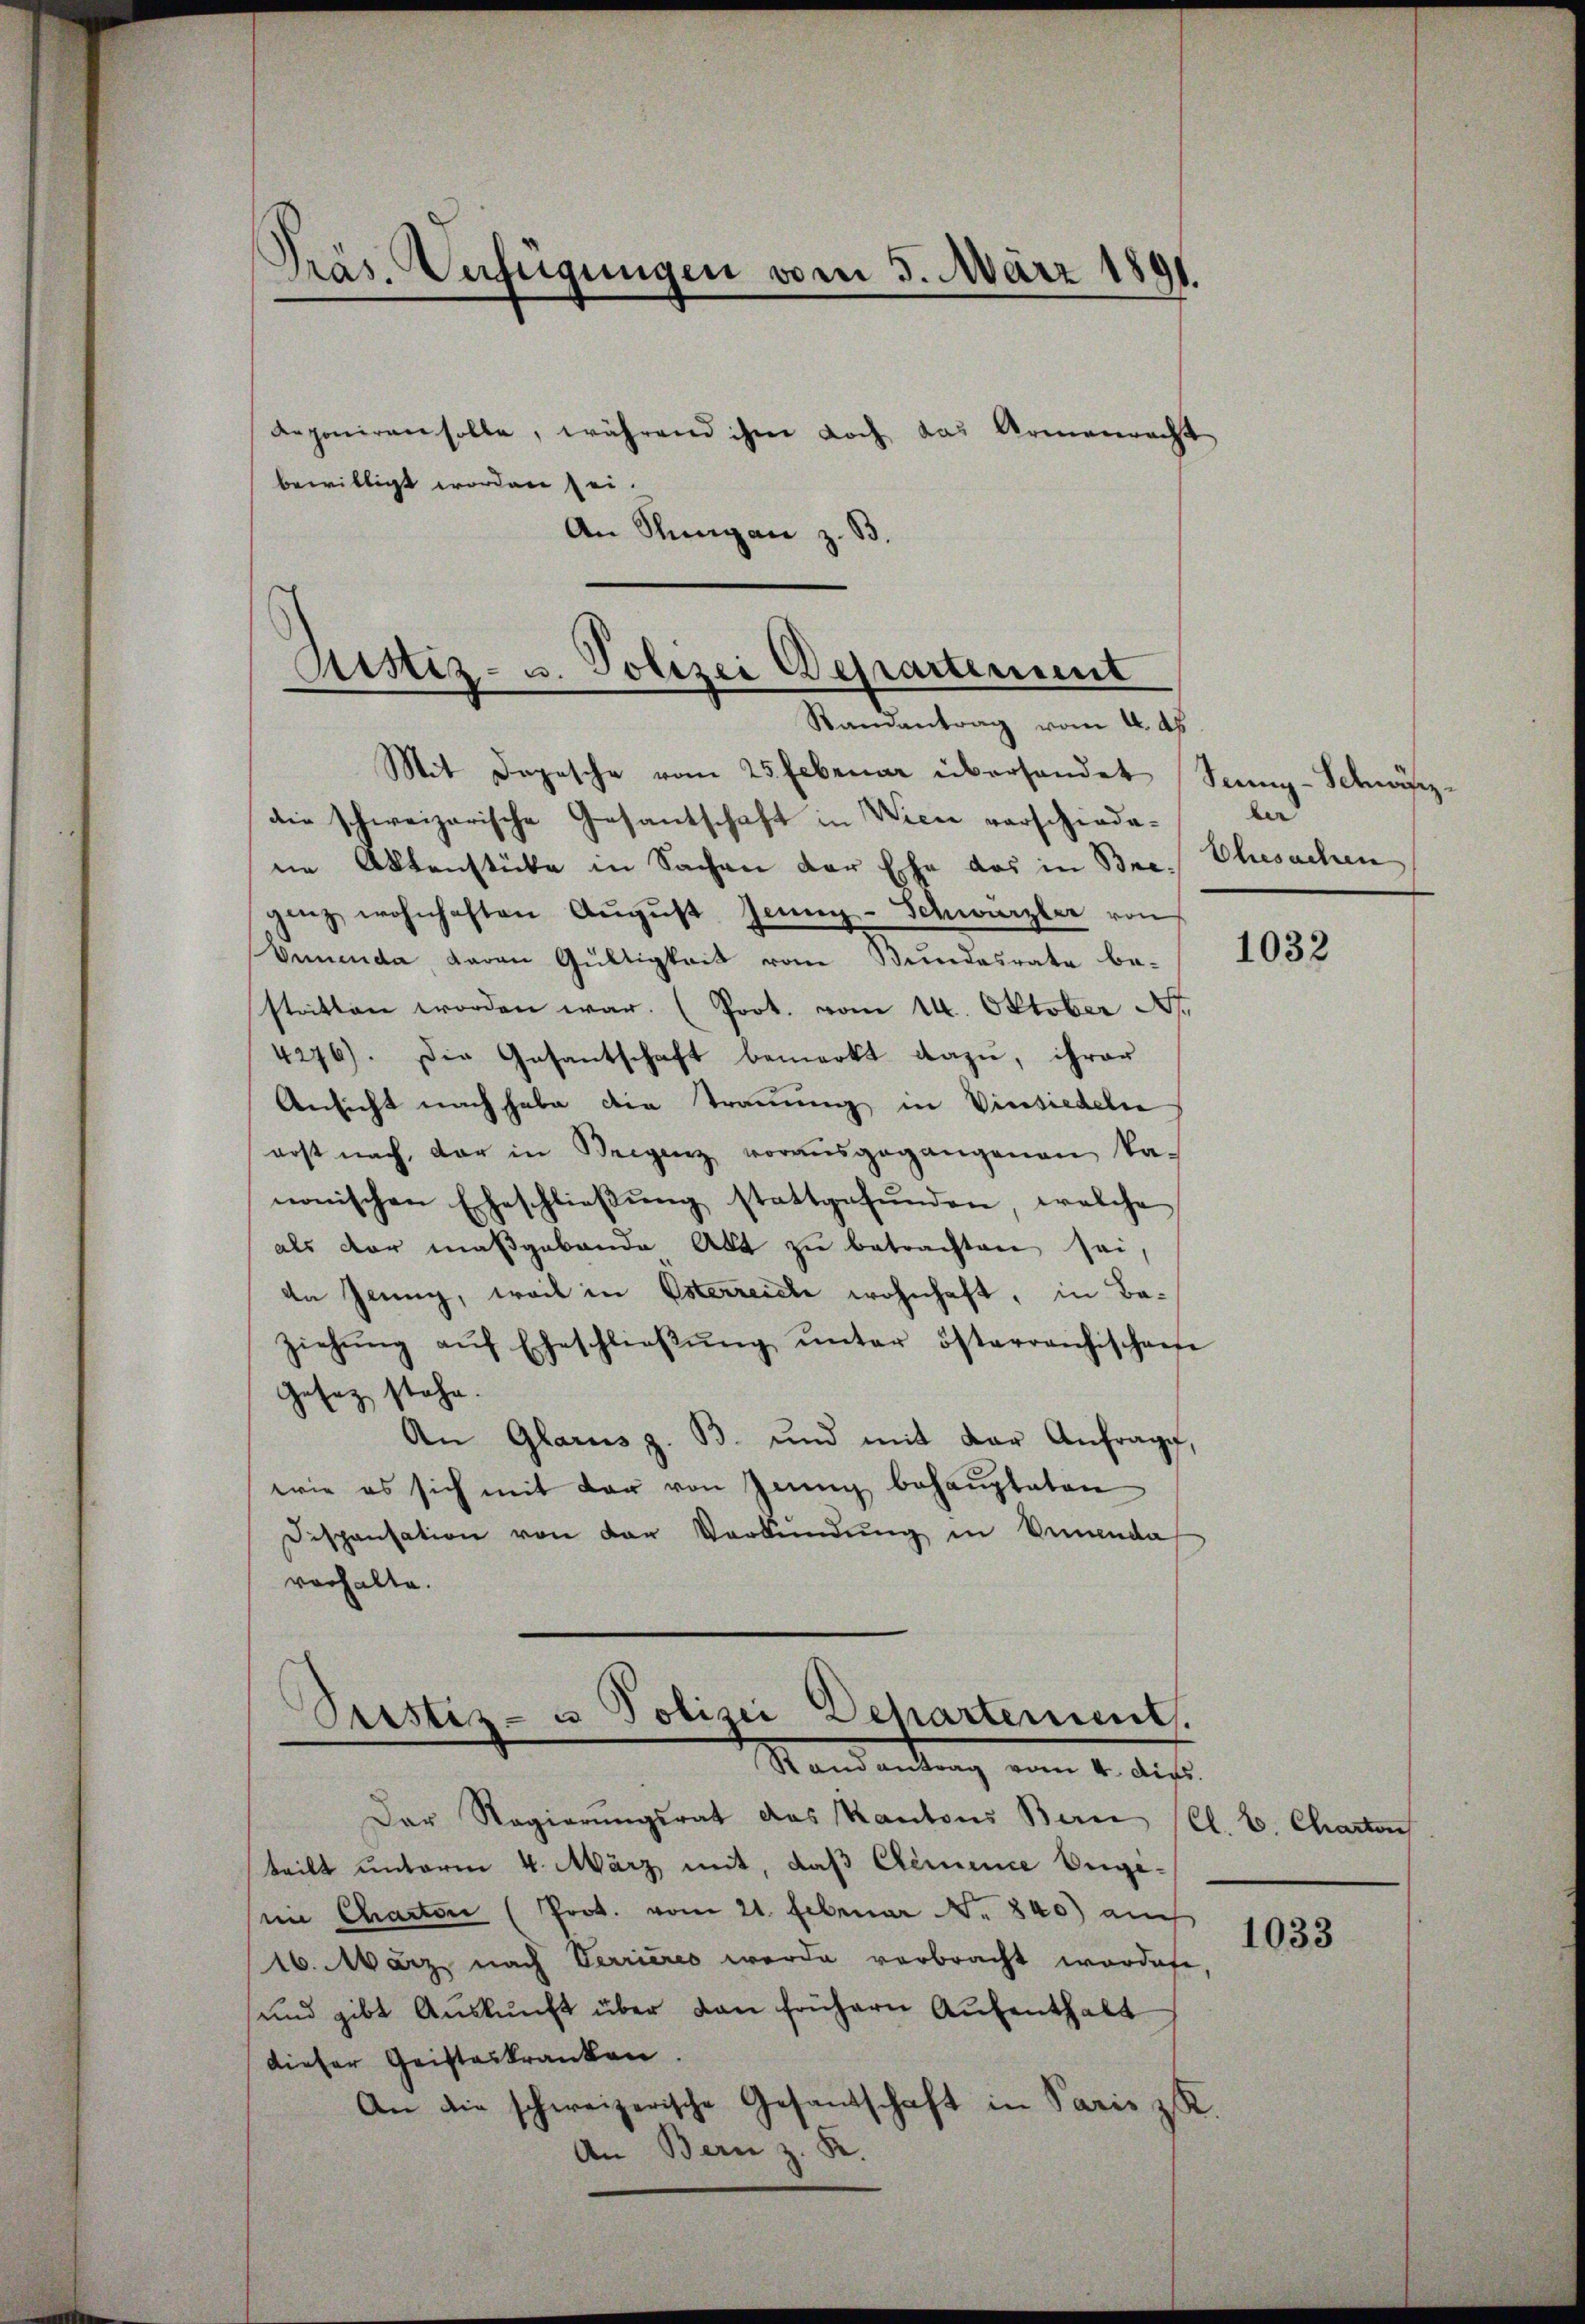
Präs. Verfügungen vom 5. März 1891.

An Stungen z. B.
Ristiz- u. Polizei Departement
Randantrag vom 4. ds

Aeponiren solle, während ihm doch das Armenrecht
bewilligt worden sei.
Mit Depesche vom 25. Februar überhandet Senn-Schwiszdie schweizerische Gesantschaft in Wien vorschiedene Aktenstücke in Sachen der Ehe das in Bre. Ehesachen
ging wohnhaften Aŭgŭst Jenin-Schwärzler von
Vnnenda, daran Gültigkeit vom Bundesrate be-
statten worden war. (Prot. vom 14. Oktober A.
4276). Die Gesantschaft bemerkt dazu, ihrer
Ansicht nach habe die Trauung in Vinsiedeln
erst nach, der in Bregenz vorausgegangenen ka-
nonischen Eheschließung stattgefunden, welche
als vor maßgebende Akt zu betrachten sei,
dn Jenny, weil in Esterreiche wohnhaft, in Ba¬
Ziehŭng aŭf Eheschlieβŭng ŭnter österranchischene
Gesetz stehe.
An Glarus z. B. und mit der Anfrage
wie es sich mit der von Jenny behaupteten
Dispensation von der Verkündŭng in Deinenda
verhalte.
.
Justiz- u Polizei Dehartement.
Mandantung vom 4. dies
Der Regierŭngsrat das Kantons Bern (Cl. C. Charton
teilt unterm 4. März mit, daβ Clemence Viginie Charten (Prot. vom 21. Februar No. 840) auch
16. März nach Verrieres werde verbracht wordete,
und gibt Aŭskŭnft über dan frühern Aufenthalt
dieser Geisteskranken.
An die schweizerische Gesandschaft in Paris z. R.
An Bern z. R.

ber

1032

1033